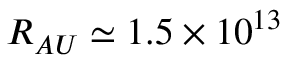
R _ { A U } \simeq 1 . 5 \times 1 0 ^ { 1 3 }